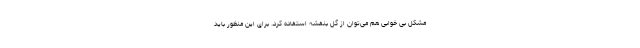
مشکل بی خوابی هم می‌توان از گل بنفشه استفاده کرد. برای این منظور باید